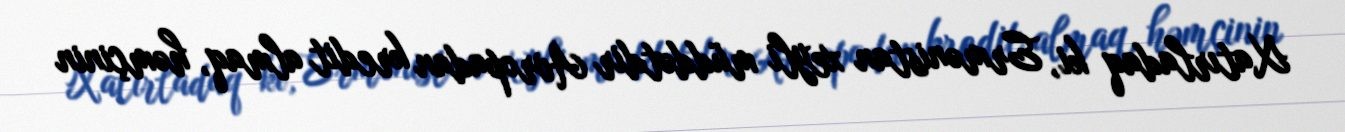
Xatırladaq ki, Ermənistan xeyli müddətdir Avropadan kredit almaq, həmçinin